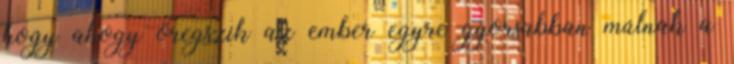
hogy ahogy öregszik az ember egyre gyorsabban múlnak a